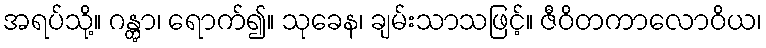
အရပ်သို့။ ဂန္တွာ၊ ရောက်၍။ သုခေန၊ ချမ်းသာသဖြင့်။ ဇီဝိတကာလောဝိယ၊